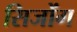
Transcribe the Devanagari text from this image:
सिजोंग